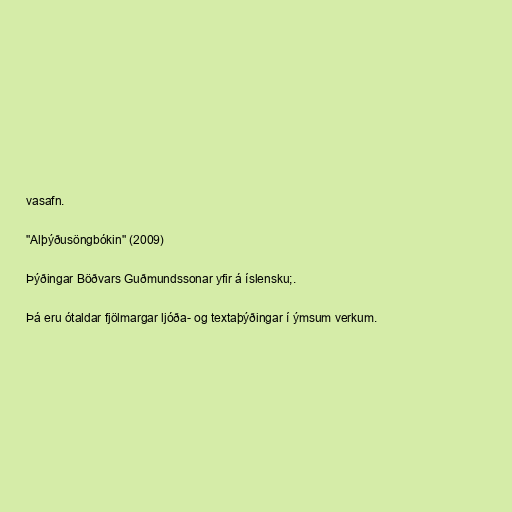
vasafn.

"Alþýðusöngbókin" (2009)

Þýðingar Böðvars Guðmundssonar yfir á íslensku;.

Þá eru ótaldar fjölmargar ljóða- og textaþýðingar í ýmsum verkum.